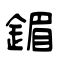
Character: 鎇